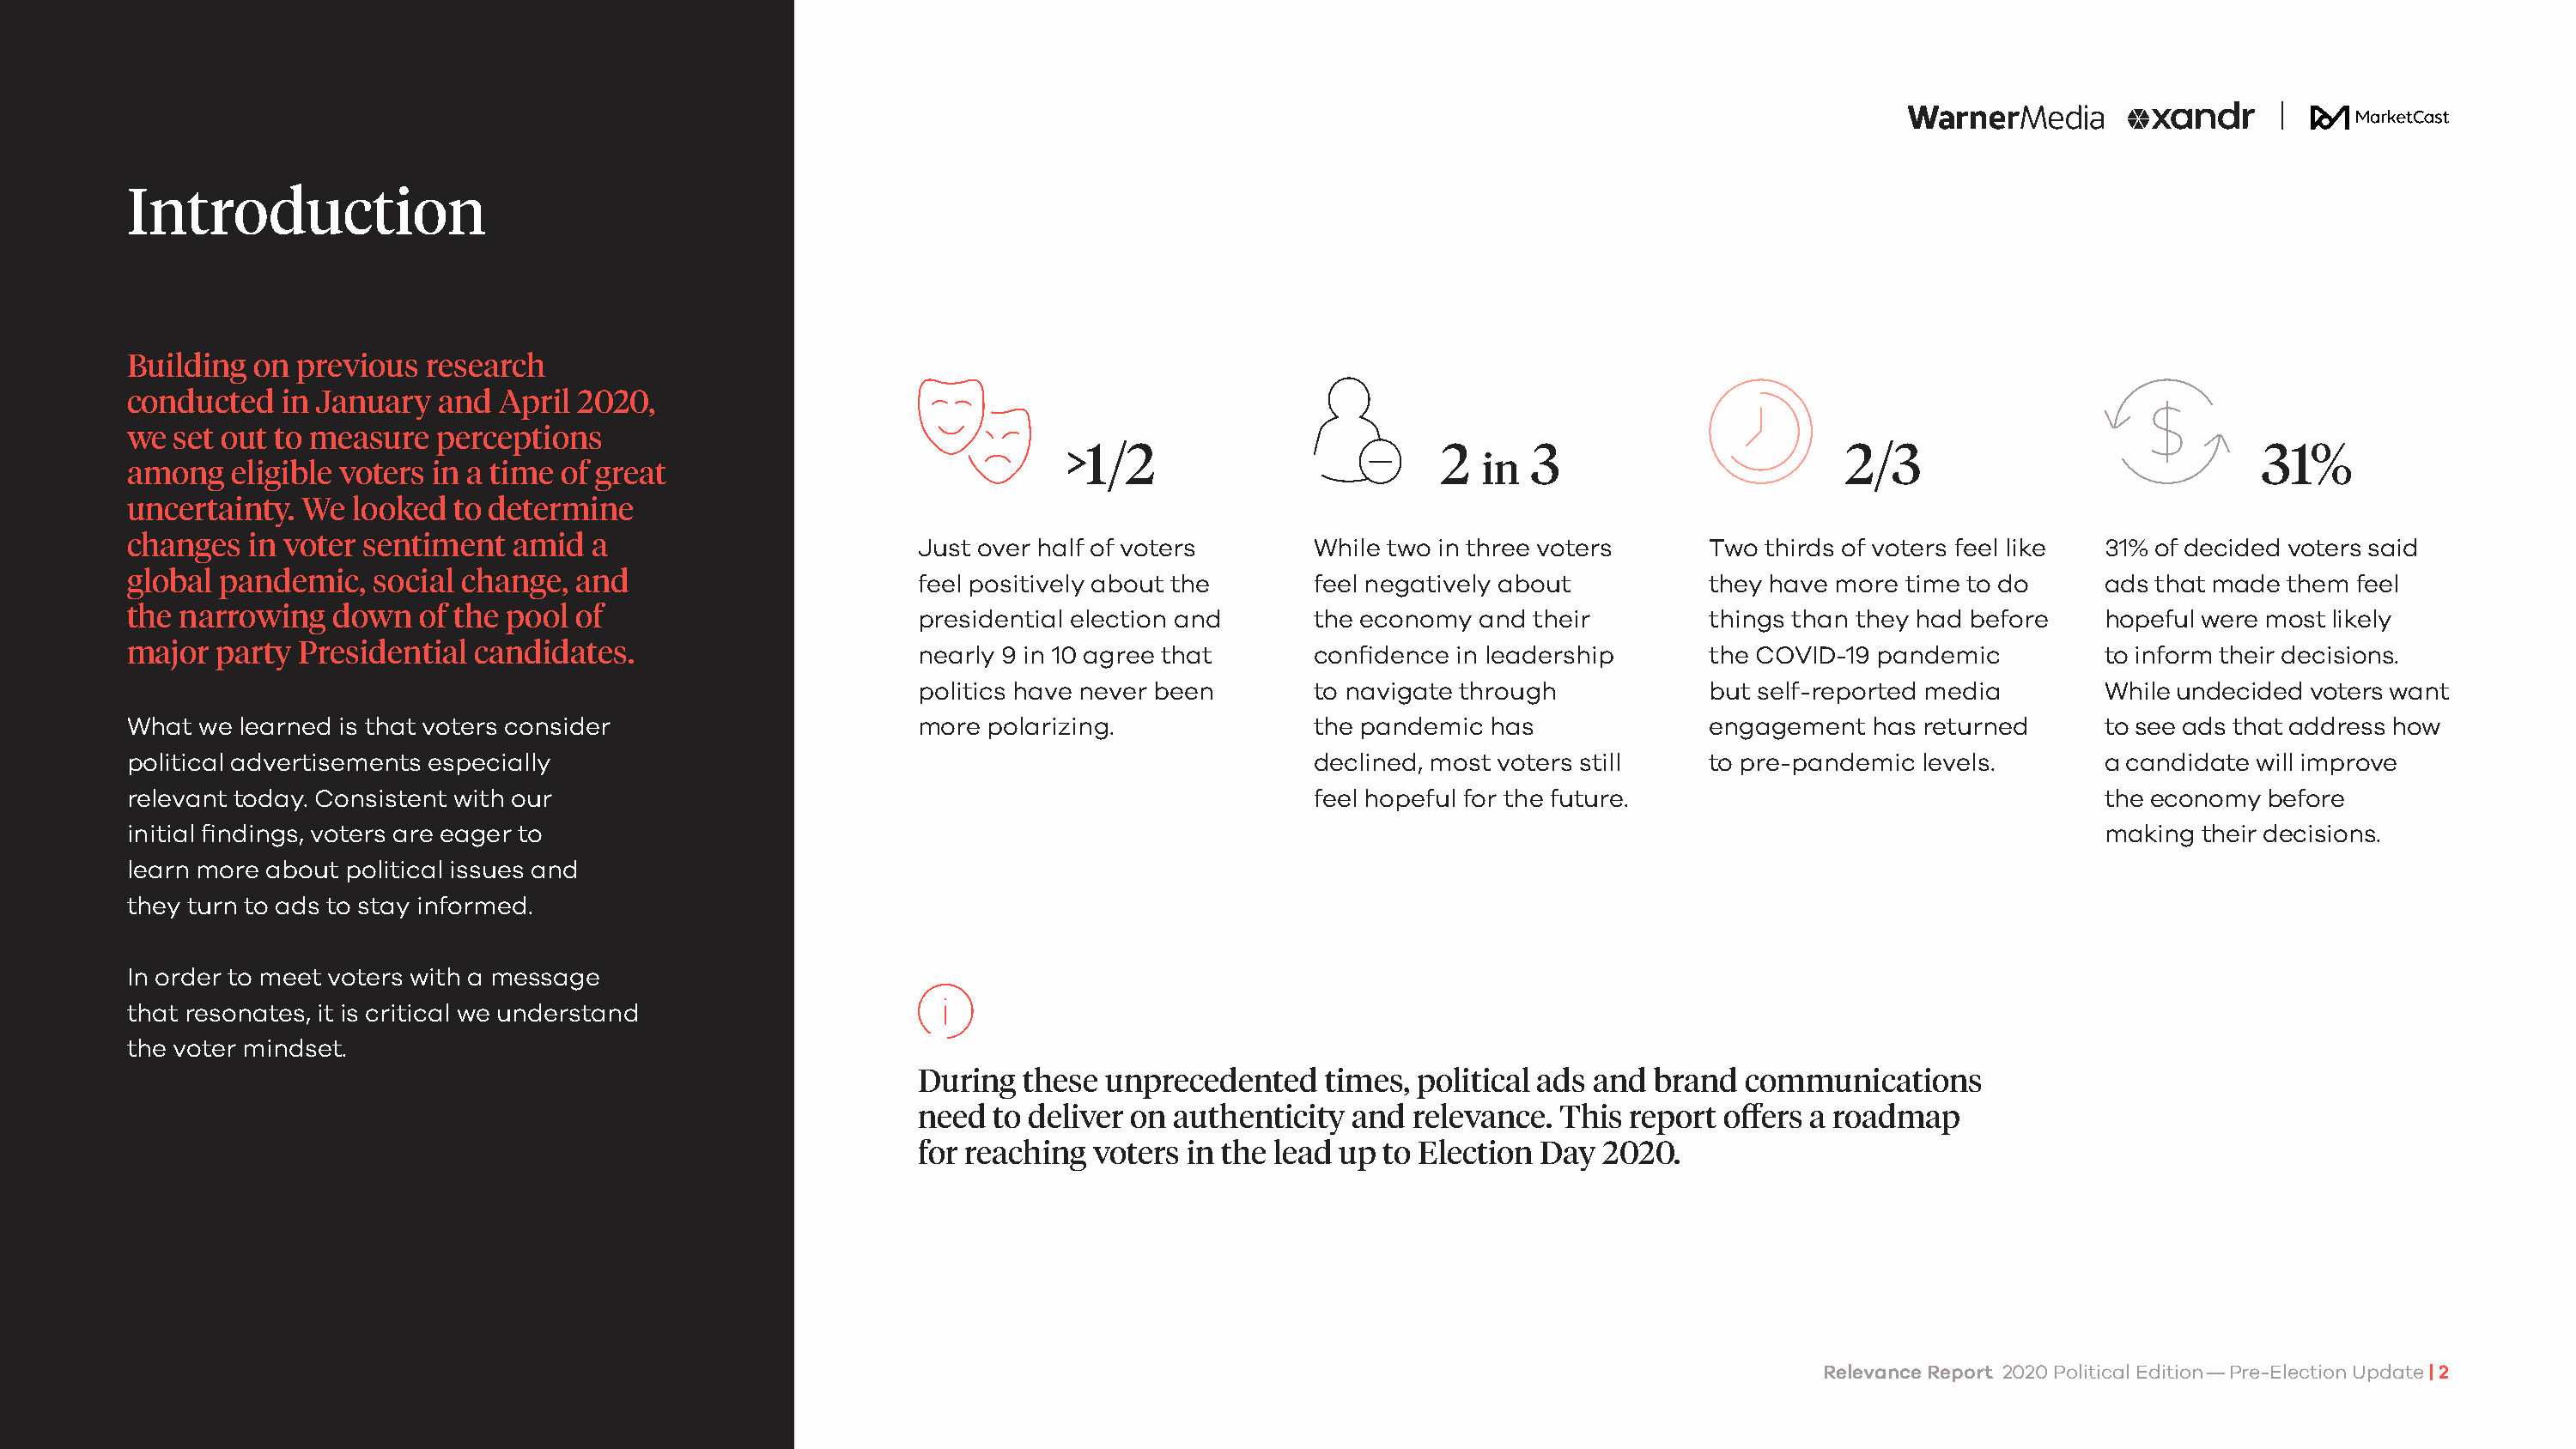
Introduction
 Building  on previous  research
 conducted   in January  and April 2020,
 we set out to measure   perceptions
 >1/2                         2      3                       2/3                             31%
 in
 among   eligible voters in a time of great
 uncertainty. We  looked  to determine
 changes  in voter sentiment   amid  a                        Just over half of voters      While two in three voters      Two thirds of voters feel like 31% of decided voters said
 global pandemic,   social change, and                        feel positively about the     feel negatively about          they have more time to do     ads that made them  feel
 the narrowing   down  of the pool of                         presidential election and     the economy  and their         things than they had before   hopeful were most likely
 major  party Presidential  candidates.                       nearly 9 in 10 agree that     confidence in leadership       the COVID-19 pandemic         to inform their decisions.
 politics have never been      to navigate through            but self-reported media       While undecided voters want
 What we learned is that voters consider                      more polarizing.              the pandemic  has              engagement  has returned      to see ads that address how
 political advertisements especially                                                        declined, most voters still    to pre-pandemic levels.       a candidate will improve
 relevant today. Consistent with our                                                        feel hopeful for the future.                                 the economy  before
 initial findings, voters are eager to                                                                                                                   making  their decisions.
 learn more about political issues and
 they turn to ads to stay informed.
 In order to meet voters with a message
 that resonates, it is critical we understand
 the voter mindset.
 During  these unprecedented    times, political ads and  brand  communications
 need  to deliver on authenticity and  relevance. This  report offers a roadmap
 for reaching voters  in the lead up to Election Day  2020.
 Relevance Report 2020 Political Edition — Pre-Election Update | 2